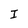
Character: I